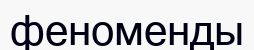
феноменды